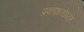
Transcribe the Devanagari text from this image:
प्रकाशनोपरांत